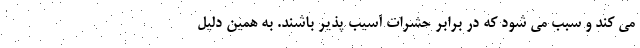
می کند و سبب می شود که در برابر حشرات آسیب پذیر باشند. به همین دلیل